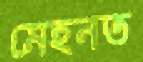
মেহনত